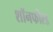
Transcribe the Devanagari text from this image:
शॉनफील्ड